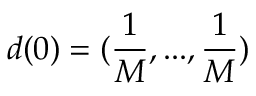
d ( 0 ) = ( \frac { 1 } { M } , . . . , \frac { 1 } { M } )